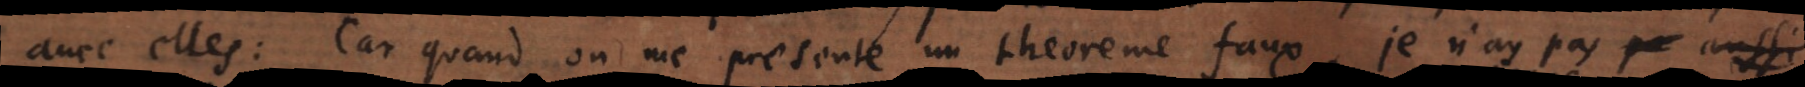
avec elles: Car quand on me presente un theoreme faux, je n’ay pas